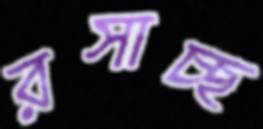
রসাচ্ছ